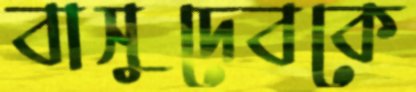
বাসুদেবকে